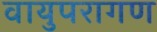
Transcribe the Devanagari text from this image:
वायुपरागण